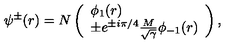
\psi ^ { \pm } ( r ) = N \left( \begin{array} { l } { \phi _ { 1 } ( r ) } \\ { \pm e ^ { \pm i \pi / 4 } \frac { M } { \sqrt { \gamma } } \phi _ { - 1 } ( r ) } \\ \end{array} \right) ,